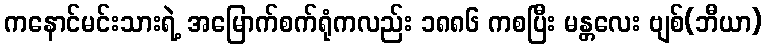
ကနောင်မင်းသားရဲ့ အမြောက်စက်ရုံကလည်း ၁၈၈၆ ကစပြီး မန္တလေး ဗျစ်(ဘီယာ)